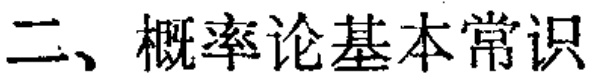
二、概率论基本常识